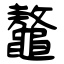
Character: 鼇